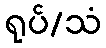
ရုပ်/သံ